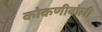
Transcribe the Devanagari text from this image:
कोकणीबोली